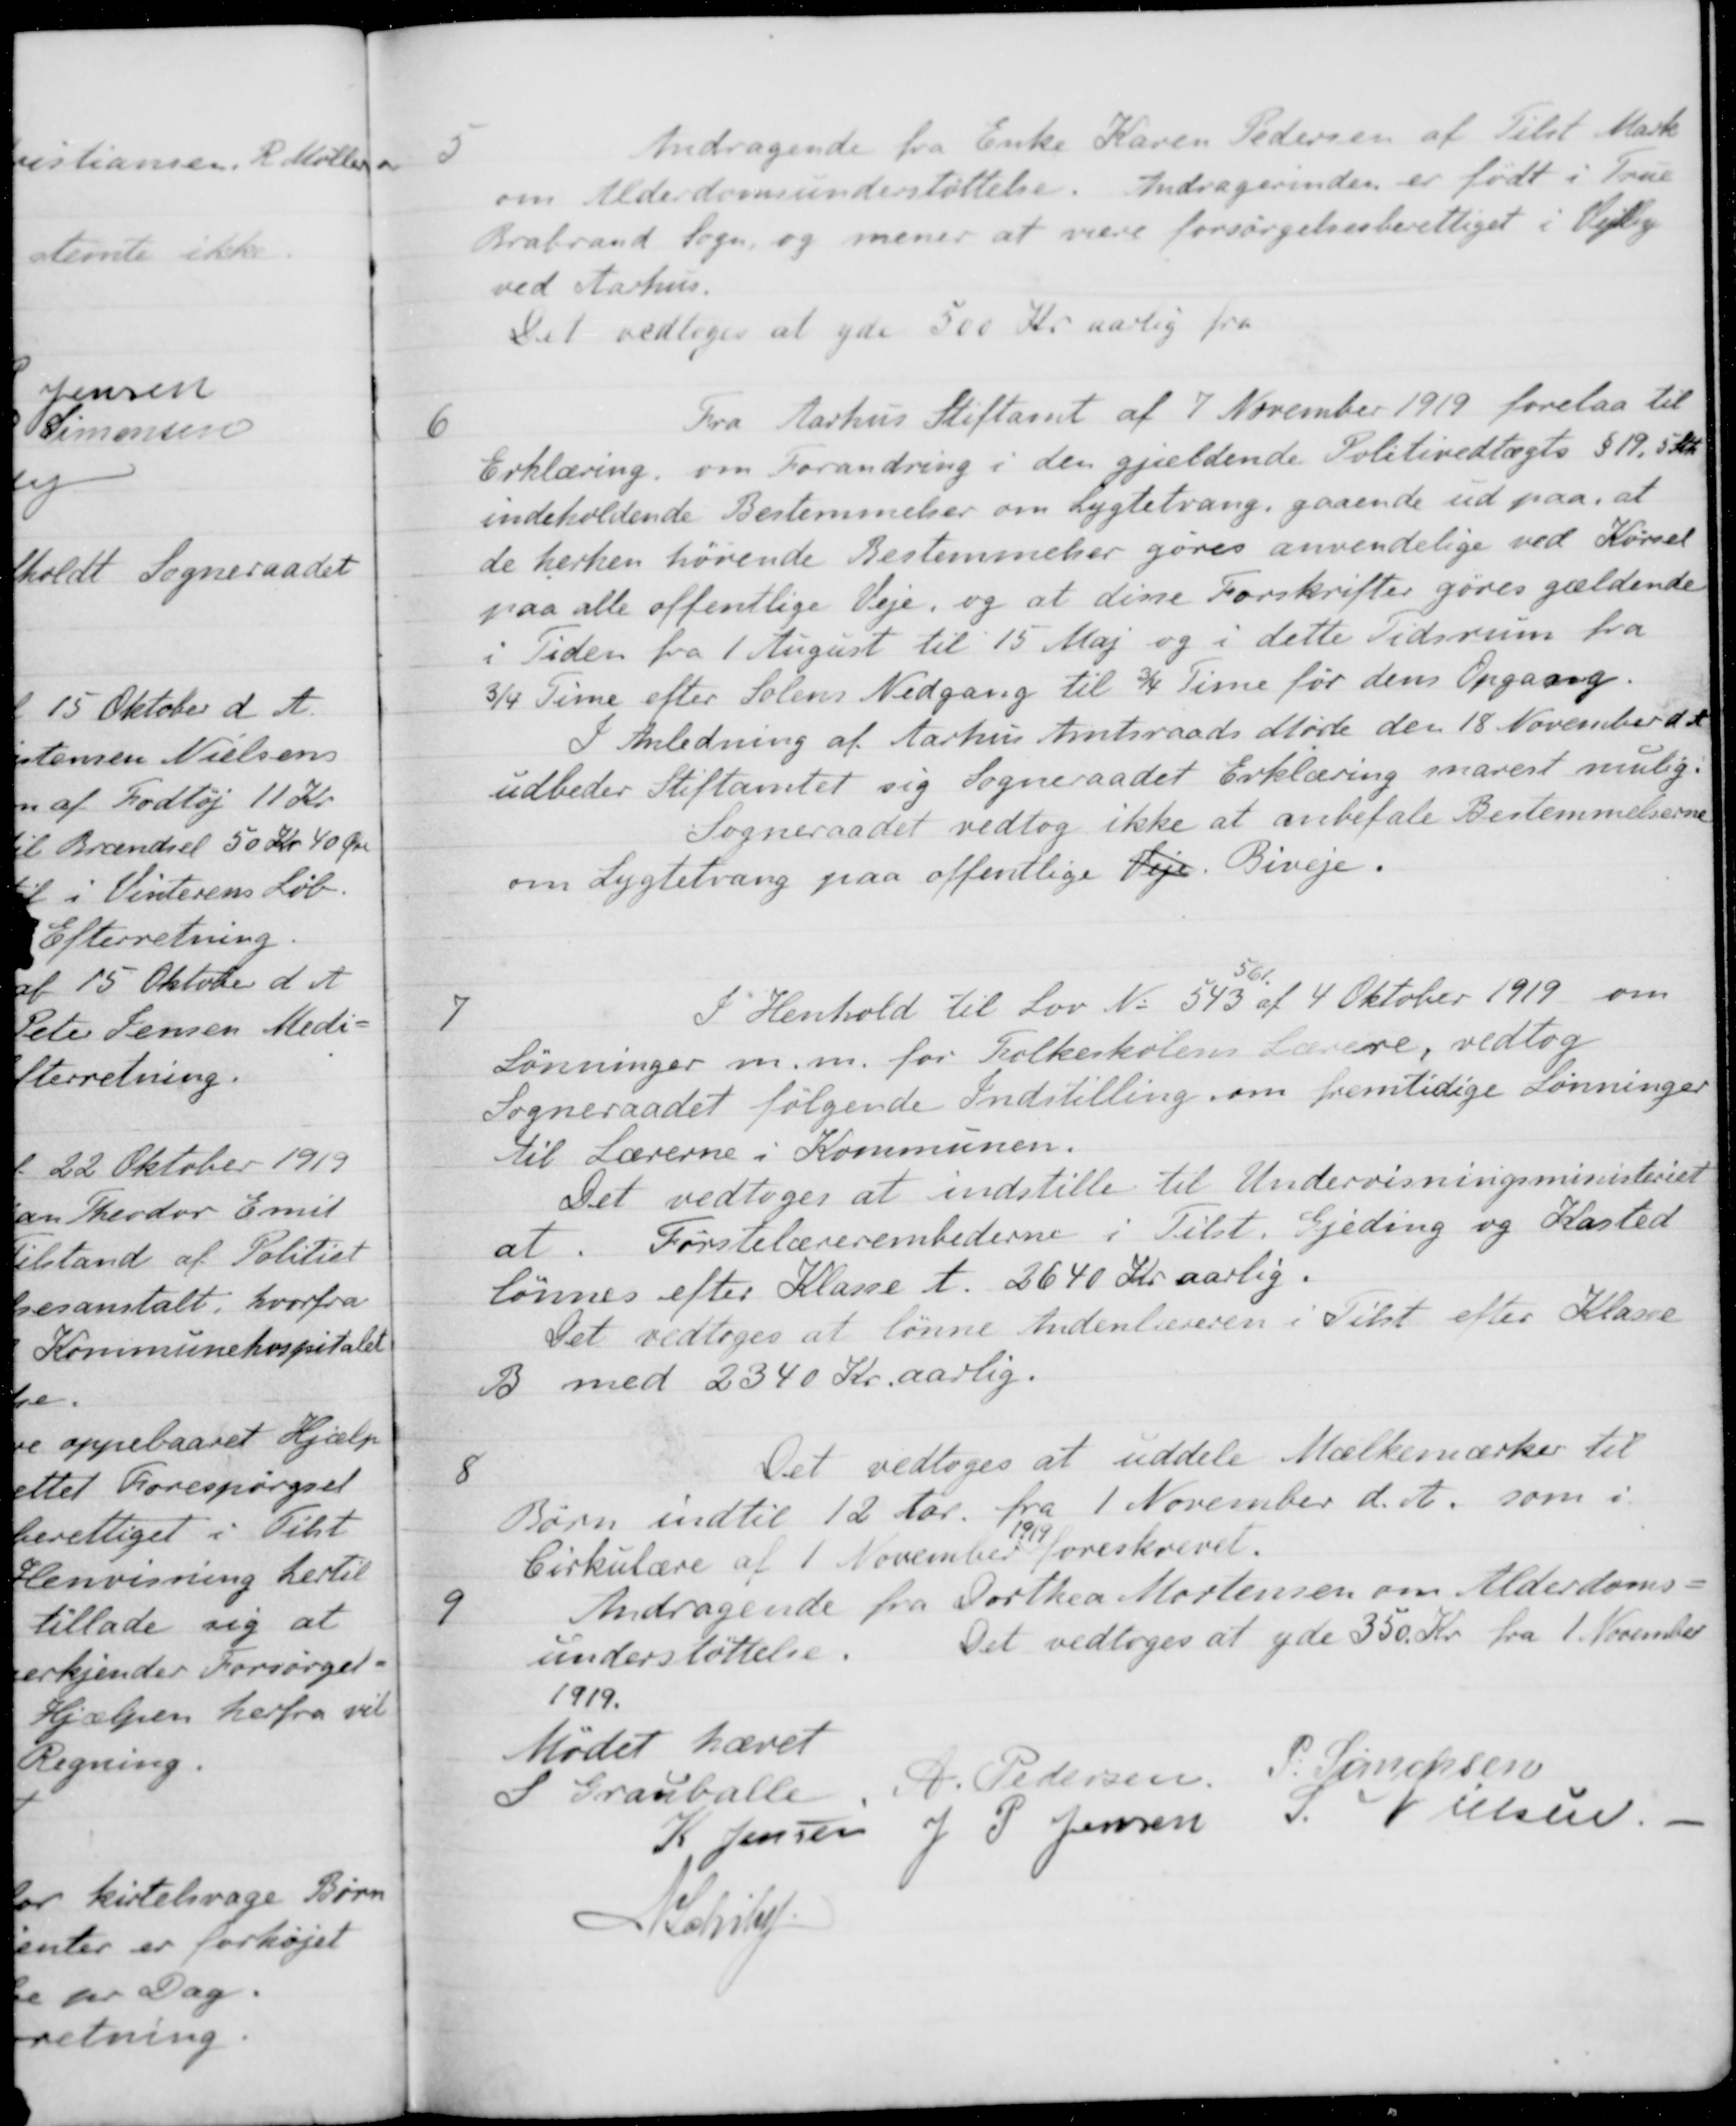
Transskription:
5
Andragende fra Enke Karen Pedersen af Tilst Mark
om Alderdomsunderstøttelse. Andragerinden er født i True
Brabrand Sogn, og mener at være forsørgelsesberettiget i Vejlby
ved Aarhus.
Det vedtoges at yde 500 Kr aarlig fra
6
Fra Aarhus Stiftamt af 7 November 1919 forelaa til
Erklæring om Forandring i den gjældende Politivedtægts § 19, 5 Stk
indeholdende Bestemmelser om Lygtetvang, gaaende ud paa, at
de herhen hørende Bestemmelser gøres anvendelige ved Kørsel
paa alle offentlige Veje, og at disse Forskrifter gøres gældende
i Tiden fra 1 August til 15 Maj og i dette Tidsrum fra
3/4 Time efter Solens Nedgang til 3/4 Time for dens Opgang.
I Anledning af Aarhus Amtsraads Møde den 18 November d. A.
udbeder Stiftamtet sig Sogneraadet Erklæring snarest mulig.
Sogneraadet vedtog ikke at anbefale Bestemmelserne
om Lygtetvang paa offentlige Veje. Biveje.
7
I Henhold til Lov No 543
561
af 4 Oktober 1919 om
Lønninger m.m. for Folkeskolens Lærere, vedtog
Sogneraadet følgende Indstilling om fremtidige Lønninger
til Lærerne i Kommunen.
Det vedtoges at indstille til Undervisningsministeriet
at. Førstelærerembederne i Tilst. Gjeding og Kasted
lønnes efter Klasse A. 2640 Kr aarlig.
Det vedtoges at lønne Andenlæreren i Tilst efter Klasse
B med 2340 Kr. aarlig.
8
Det vedtoges at uddele Mælkemærker til
Børn indtil 12 Aar. fra 1 November d. A. som i
Cirkulære af 1 November 1919 foreskrevet.
9
Andragende fra Dorthea Mortensen om Alderdoms-
understøttelser
Det vedtoges at yde 350 Kr. fra 1. November
1919.
Mødet hævet
S Grauballe
A. Pedersen
P. Simonsen
K. Jensen
J P Jensen
S. Nielsen
N Schiby